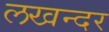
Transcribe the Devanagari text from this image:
लखन्दर